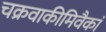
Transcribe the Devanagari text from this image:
चक्रवाकीमिवैकां